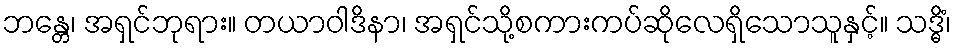
ဘန္တေ၊ အရှင်ဘုရား။ တယာဝါဒိနာ၊ အရှင်သို့စကားကပ်ဆိုလေရှိသောသူနှင့်။ သဒ္ဓိံ၊